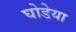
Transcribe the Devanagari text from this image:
घोडेया